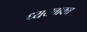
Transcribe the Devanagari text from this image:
ध्ययवाक्य